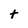
Character: t